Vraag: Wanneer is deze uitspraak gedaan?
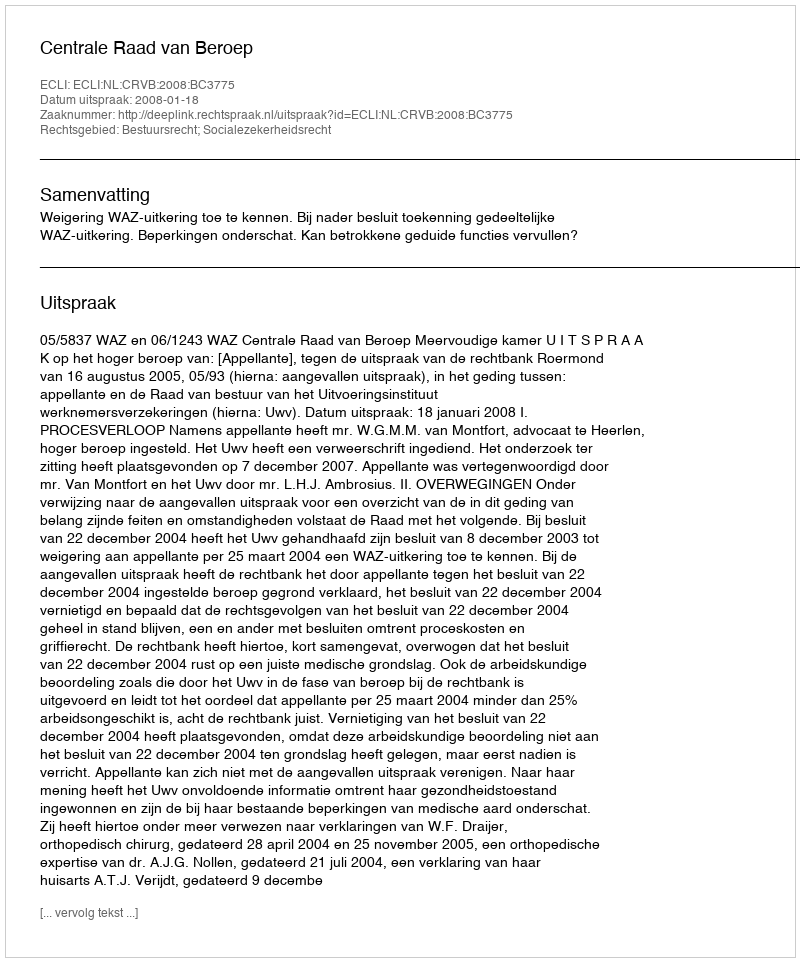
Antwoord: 2008-01-18